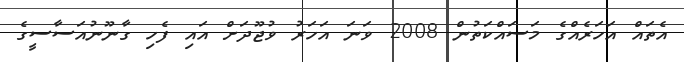
އެތައް އަހަރެއްގެ މަސައްކަތުން 2008 ވަނަ އަހަރު ވުޖޫދަށް އައި ފެހި ގާނޫނުއަސާސީގެ